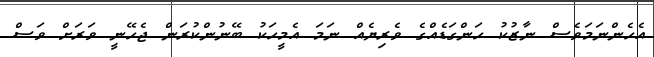
އެހެންނަމަވެސް ނާޒުކު ހަންގަޑެއްގެ ވެރިޔެއް ނަމަ އެމީހަކު ބޭނުންކުރަން ޖެހޭނީ ވަރަށް ވަސް